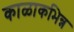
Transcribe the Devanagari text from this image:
काळाकभिन्न